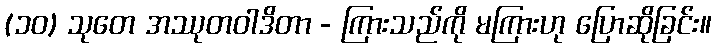
(၁၀) သုတေ အဿုတဝါဒိတာ - ကြားသည်ကို မကြားဟု ပြောဆိုခြင်း။